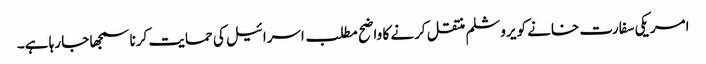
امریکی سفارت خانے کو یروشلم منتقل کرنے کا واضح مطلب اسرائیل کی حمایت کرنا سمجھا جا رہا ہے۔